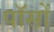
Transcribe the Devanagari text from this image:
पॉसों